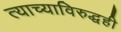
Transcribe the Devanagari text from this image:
त्याच्याविरुद्धही